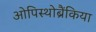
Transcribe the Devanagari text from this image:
ओपिस्थोब्रैंकिया